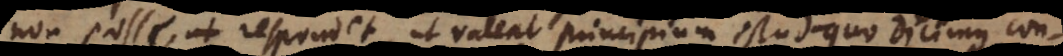
non posse, at respondet, ut valeat principium istud quo dicimus